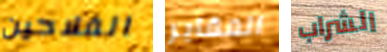
الفلاحين المقابر الشراب